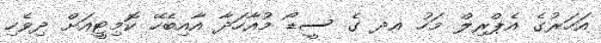
އަހަރުގެ އެޕްރިލް މަހު އދ ގެ ސީޑޯ މުއާހަދާ އާއިބެހޭ ކޮމިޓީއަށް ދިވެހި